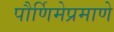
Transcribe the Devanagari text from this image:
पौर्णिमेप्रमाणे